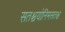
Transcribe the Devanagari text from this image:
सतश्चयोनिमसतश्च